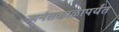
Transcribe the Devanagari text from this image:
अनंतकाळापर्यंत